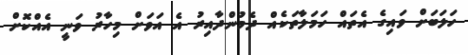
ހަލަބަށް ވައިގެ އެތައް ހަމަލާތަކެއް ދެމުންދާއިރު އެ އަވަށް މިހާރު ވަނީ އެއްކޮށް